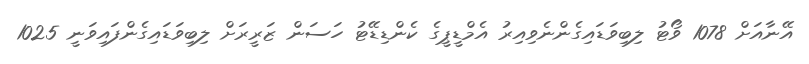
އޭނާއަށް 1078 ވޯޓު ލިބިވަޑައިގެންނެވިއިރު އެމްޑީޕީގެ ކެންޑިޑޭޓު ހަސަން ޒަރީރަށް ލިބިވަޑައިގެންފައިވަނީ 1025